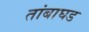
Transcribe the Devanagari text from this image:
तांबाघड